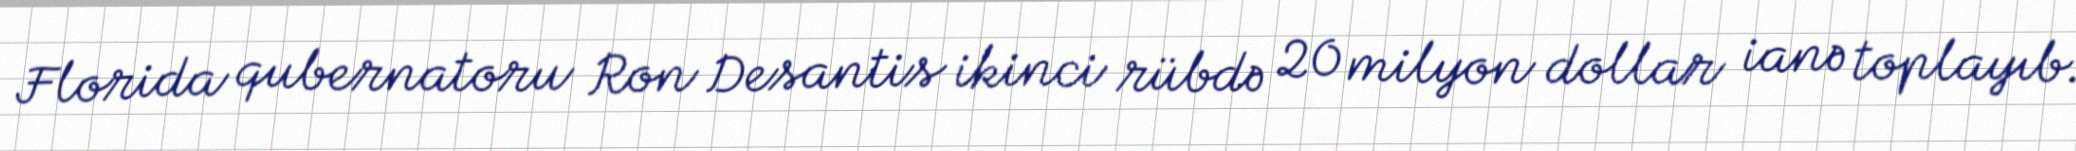
Florida qubernatoru Ron Desantis ikinci rübdə 20 milyon dollar ianə toplayıb.